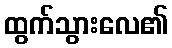
ထွက်သွားလေ၏